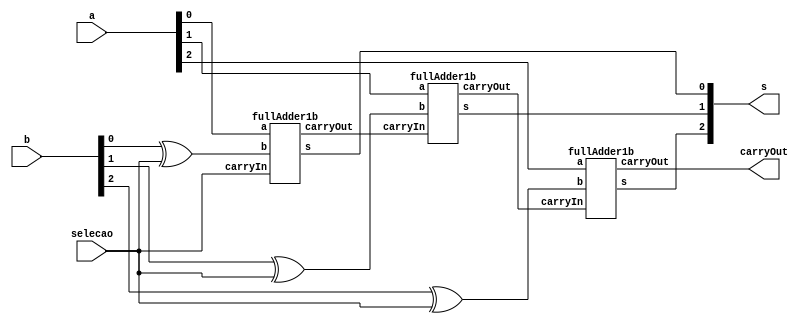
// -------------------------
// Exemplo0031  Somador e Subtrator
// Nome: Willian Antonio dos Santos
// -------------------------
// -------------------------
// Alu Somador e Subtrator 3 bits
// -------------------------
module Alu3b (output [2:0] s, output carryOut, input [2:0] a, input [2:0] b, input selecao);
       wire carryOut1, carryOut2;
       wire [2:0] s1;
       xor X1(s1[0],b[0],selecao);
       xor X2(s1[1],b[1],selecao);
       xor X3(s1[2],b[2],selecao);
       fullAdder1b FA1(s[0],carryOut1,a[0],s1[0],selecao);
       fullAdder1b FA2(s[1],carryOut2,a[1],s1[1],carryOut1);
       fullAdder1b FA3(s[2],carryOut,a[2],s1[2],carryOut2);
endmodule
// -------------------------
// full adder 1 bit
// -------------------------
module fullAdder1b (output s, output carryOut, input a, input b, input carryIn);
       wire s1, s2, s3, s4;
       xor X4(s1, a, b);
       xor X5(s, s1, carryIn);
       and A1(s2, a, b);
       and A2(s3, a, carryIn);
       and A3(s4, carryIn, b);
       or O1(carryOut, s2, s3, s4);
endmodule
// Testes
module test_Alu3b;
       // ------------------------- definir dados
       reg [2:0] x;
       reg [2:0] y;
       reg selecao;
       wire carryOUT;
       wire [2:0] somaSub;
       Alu3b A31(somaSub, carryOUT, x, y, selecao);
       // ------------------------- parte principal
       initial begin
               $display("Exemplo0031 - Willian Antonio dos Santos - 462020");
               $display("Test ALU's Somador e Subtrator Algebrico\n");
               $display("CarryOUT nao tem valor na representacao, ja que estaria acima do sinal(bit 3)\n( Embora faca parte do somador/subtrator completo ).\n");
               $display("\nSe selecao (+-) for igual a 0 entao e' realizado soma, se 1 subtracao.\n");
               x = 0; y = 0; selecao = 0;
               $monitor("Valor1: %3b | (+-) : %b | Valor2: %3b = %3b | CarryOut: %b", x, selecao, y, somaSub, carryOUT);
               repeat (7) begin
                      #1 y = y + 1;
               end
               #1 $display("--------------------------------------------------------");
               repeat (7) begin
                      #1 x = x + 1;y = y + 1;
                      repeat (7) begin
                             #1 y = y + 1;
                      end
                      #1 $display("--------------------------------------------------------");
               end
               #1 x = 0; y = 0; selecao = 1;
               repeat (7) begin
                      #1 y = y + 1;
               end
               #1 $display("--------------------------------------------------------");
               repeat (7) begin
                      #1 x = x + 1;y = y + 1;
                      repeat (7) begin
                             #1 y = y + 1;
                      end
                      #1 $display("--------------------------------------------------------");
               end
       end
endmodule